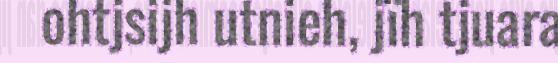
ohtjsijh utnieh, jïh tjuara